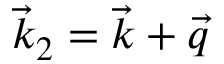
\vec { k } _ { 2 } = \vec { k } + \vec { q }